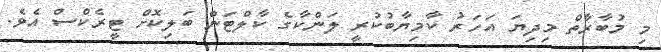
މި މުބާރާތް މިދިޔަ އަހަރު ކާމިޔާބުކުރީ ލަންކާގެ ކާލްޓަން ބަލިކޮށް ޓީރެކްސް އެވެ.